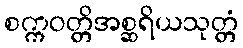
စက္ကဝတ္တိအစ္ဆရိယသုတ္တံ